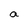
Character: a